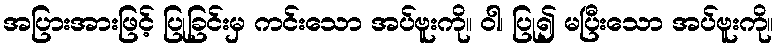
အပြားအားဖြင့် ပြုခြင်းမှ ကင်းသော အပ်ဗူးကို။ ဝါ၊ ပြု၍ မပြီးသော အပ်ဗူးကို။